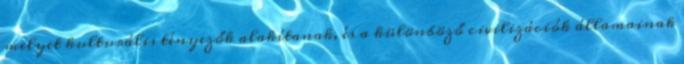
melyet kulturális tényezők alakítanak, és a különböző civilizációk államainak